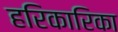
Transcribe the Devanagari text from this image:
हरिकारिका